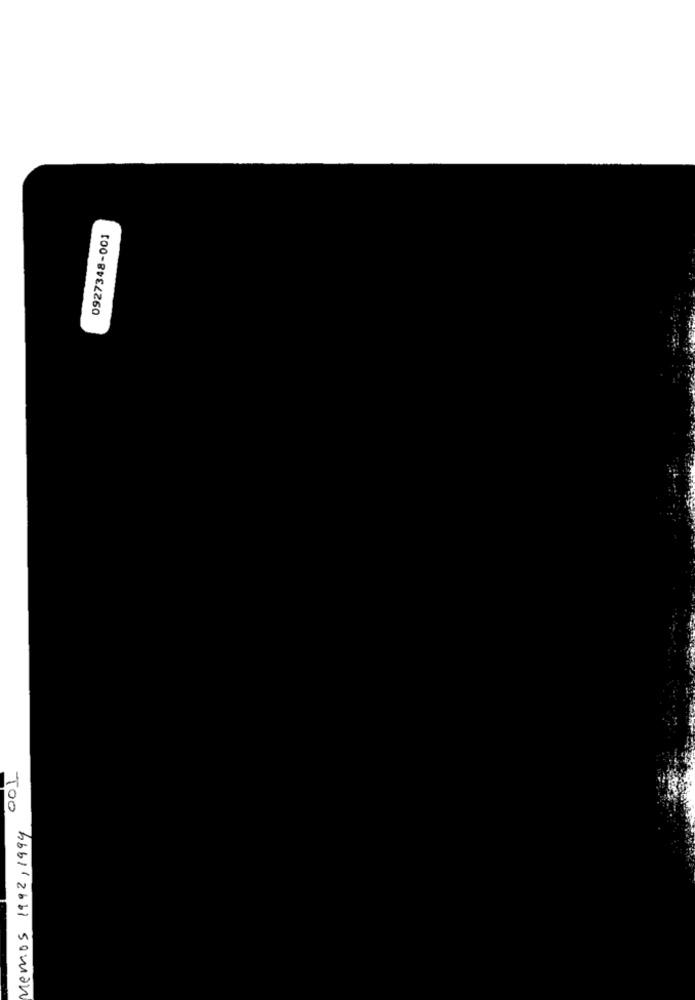
0927348-001
Too
Memos 1992, 1994